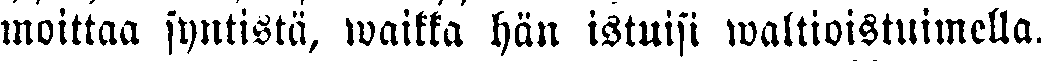
moittaa syntistä, waikka hän istuisi waltioistuimella.